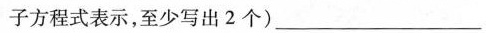
子方程式表示，至少写出2个)_